Document type: Emphyteutic lease
Year: 1274
Scribe: Pere Marquès
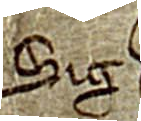
Sig